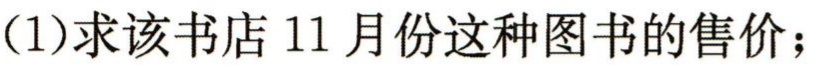
(1)求该书店11月份这种图书的售价；